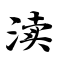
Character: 渎